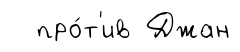
про́т'ив Джан